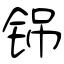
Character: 铞